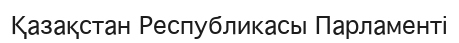
Қазақстан Республикасы Парламенті